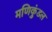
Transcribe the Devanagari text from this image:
मणिकुंडल